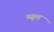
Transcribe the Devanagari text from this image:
व्यूल